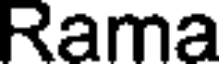
Rama